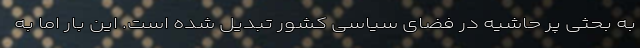
به بحثی پر حاشیه در فضای سیاسی کشور تبدیل شده است. این بار اما به